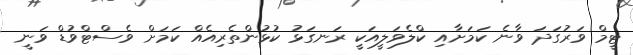
ޓީމް ވަރުގަދަ ވާނެ ކަމަށާއި ކްލެވަލީއަކީ ރަނގަޅު ކުޅުންތެރިއެއް ކަމަށް ވެސްޓްވުޑް ވަނީ